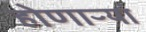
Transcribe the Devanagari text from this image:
होणाऱ्यां